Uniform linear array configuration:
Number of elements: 8
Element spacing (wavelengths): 0.75
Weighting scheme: hann
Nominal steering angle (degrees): -60
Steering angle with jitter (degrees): -58.663
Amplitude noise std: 0.05
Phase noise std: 0.05

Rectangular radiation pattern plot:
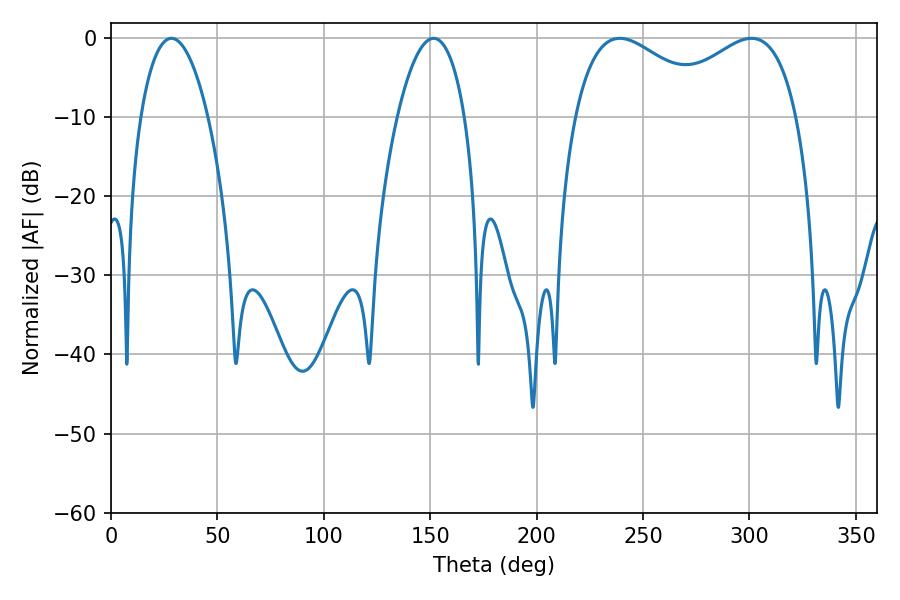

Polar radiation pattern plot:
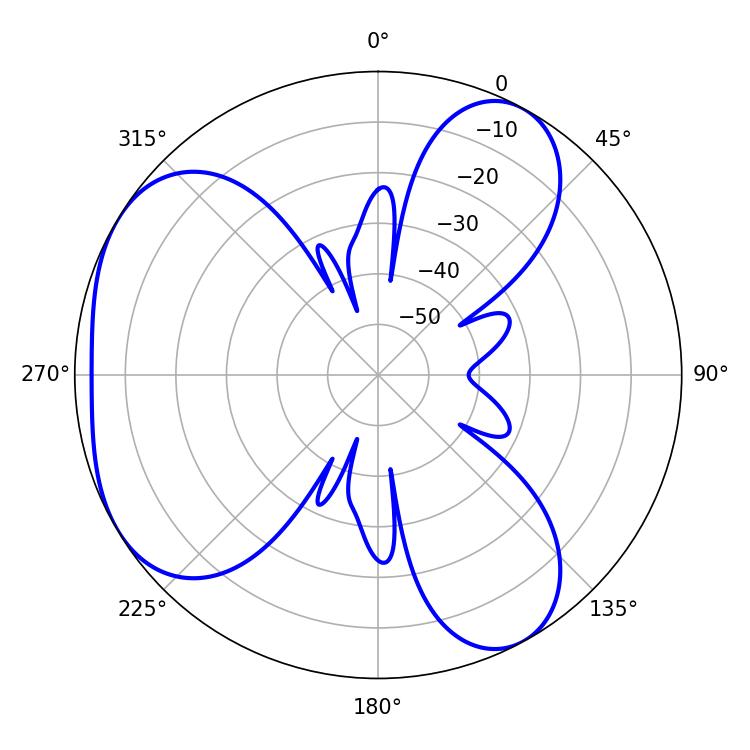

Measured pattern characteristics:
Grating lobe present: TRUE
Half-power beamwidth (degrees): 37.08
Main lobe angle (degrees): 239.04